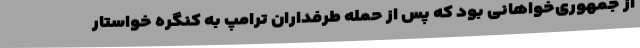
از جمهوری‌خواهانی بود که پس از حمله طرفداران ترامپ به کنگره خواستار